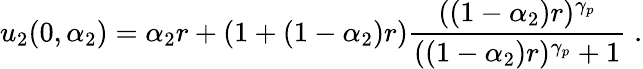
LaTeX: u_{2}(0,\alpha_{2})=\alpha_{2}r+(1+(1-\alpha_{2})r)\frac{((1-\alpha_{2})r)^{\gamma_{p}}}{((1-\alpha_{2})r)^{\gamma_{p}}+1}\; .